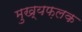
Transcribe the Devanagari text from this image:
मुख्यफ़लक